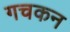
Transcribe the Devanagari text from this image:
गचकन